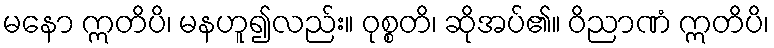
မနော ဣတိပိ၊ မနဟူ၍လည်း။ ဝုစ္စတိ၊ ဆိုအပ်၏။ ဝိညာဏံ ဣတိပိ၊